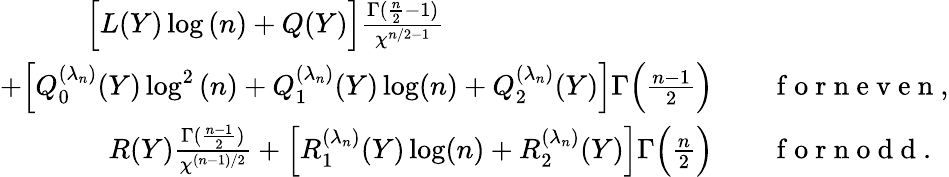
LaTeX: \begin{array}{rl}{\Big[L(Y)\log{(n)}+Q(Y)\Big]\frac{\Gamma(\frac{n}{2}-1)}{\chi^{n/2-1}}\qquad\qquad~~\qquad\qquad\quad}&{{}}\\ {+\Big[Q_{0}^{(\lambda_{n})}(Y)\log^{2}{(n)}+Q_{1}^{(\lambda_{n})}(Y)\log(n)+Q_{2}^{(\lambda_{n})}(Y)\Big]\Gamma\Big(\frac{n-1}{2}\Big)}&{{}\quad\mathrm{~f~o~r~n~e~v~e~n~},}\\ {R(Y)\frac{\Gamma(\frac{n-1}{2})}{\chi^{(n-1)/2}}+\Big[R_{1}^{(\lambda_{n})}(Y)\log(n)+R_{2}^{(\lambda_{n})}(Y)\Big]\Gamma\Big(\frac{n}{2}\Big)}&{{}\quad\mathrm{~f~o~r~n~o~d~d~}.}\end{array}